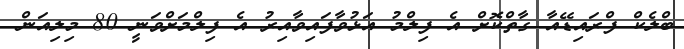
ބްލެކް ފްރައިޑޭއާ ގާތްކޮށް އެ ފިލްމު އަޅުވާފައިވާއިރު އެ ފިލްމަށްވަނީ 80 މިލިއަން